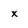
Character: x